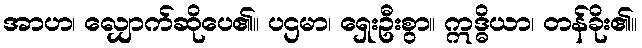
အာဟ၊ လျှောက်ဆိုပေ၏။ ပဌမာ၊ ရှေးဦးစွာ။ ဣဒ္ဓိယာ၊ တန်ခိုး၏။